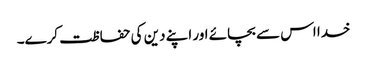
خدا اس سے بچائے اور اپنے دین کی حفاظت کرے۔